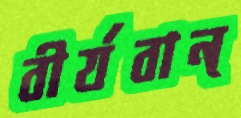
বীর্যবান্‌